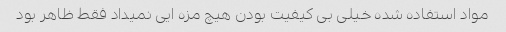
مواد استفاده شده خیلی بی کیفیت بودن هیچ مزه ایی نمیداد فقط ظاهر بود